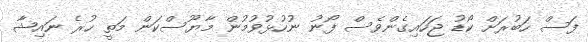
ފަސް ހަބުރަށް ކޯޑު ޖަހައިގެންވެސް ފޯނު ނުހުޅުވުމުން މާޔޫސްކަން މަތީ ހުރެ ނައިޝާ